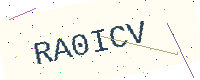
Text: RA0ICV